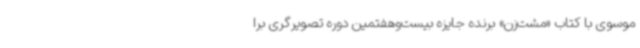
موسوی با کتاب «مشت‌زن» برنده جایزه بیست‌وهفتمین دوره تصویرگری برا